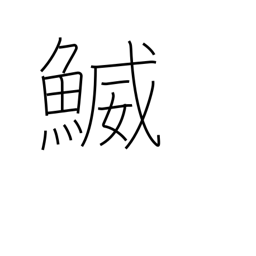
Meaning: a type of fish